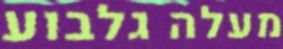
מעלה גלבוע